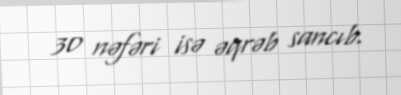
30 nəfəri isə əqrəb sancıb.